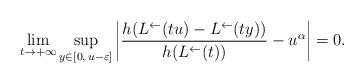
LaTeX: \begin{align*}\lim_{t\to+\infty}\sup_{y\in [0,\,u-\varepsilon]}\left|\frac{h(L^{\leftarrow}(tu)-L^{\leftarrow}(ty))}{h(L^{\leftarrow}(t))}-u^{\alpha}\right|=0.\end{align*}